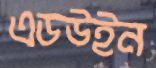
এডউইন